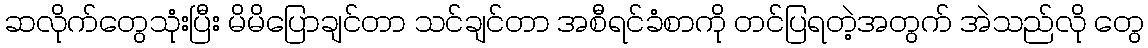
ဆလိုက်တွေသုံးပြီး မိမိပြောချင်တာ သင်ချင်တာ အစီရင်ခံစာကို တင်ပြရတဲ့အတွက် အဲသည်လို တွေ